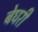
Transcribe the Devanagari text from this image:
बेघरी